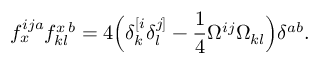
f _ { x } ^ { i j a } f _ { k l } ^ { x \, b } = 4 \Big ( \delta _ { k } ^ { [ i } \delta _ { l } ^ { j ] } - \frac { 1 } { 4 } \Omega ^ { i j } \Omega _ { k l } \Big ) \delta ^ { a b } .